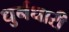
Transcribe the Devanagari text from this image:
धुर्नधारी